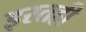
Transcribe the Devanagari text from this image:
इरतही